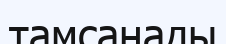
тамсанады